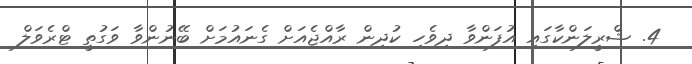
4. ޝްރީލަންކާގައި އުފަންވާ ދިވެހި ކުދިން ރާއްޖެއަށް ގެނައުމަށް ބޭނުންވާ ވަގުތީ ޓްރެވަލް